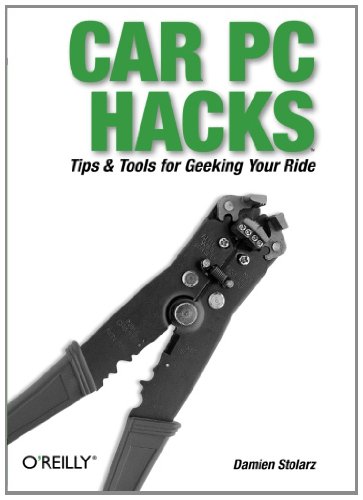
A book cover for Car PC Hacks; Damien Stolarz; Computers & Technology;